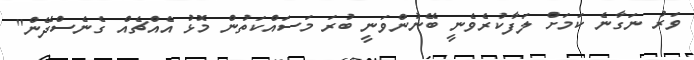
ވަރު ނަގާނެ ކަމަށް ލަފާކުރެވެނީ ބޭނުންވަނީ ބުރަ މަސައްކަތުން މޮޅު އެއްޗެއް ގެނެސްދޭން"